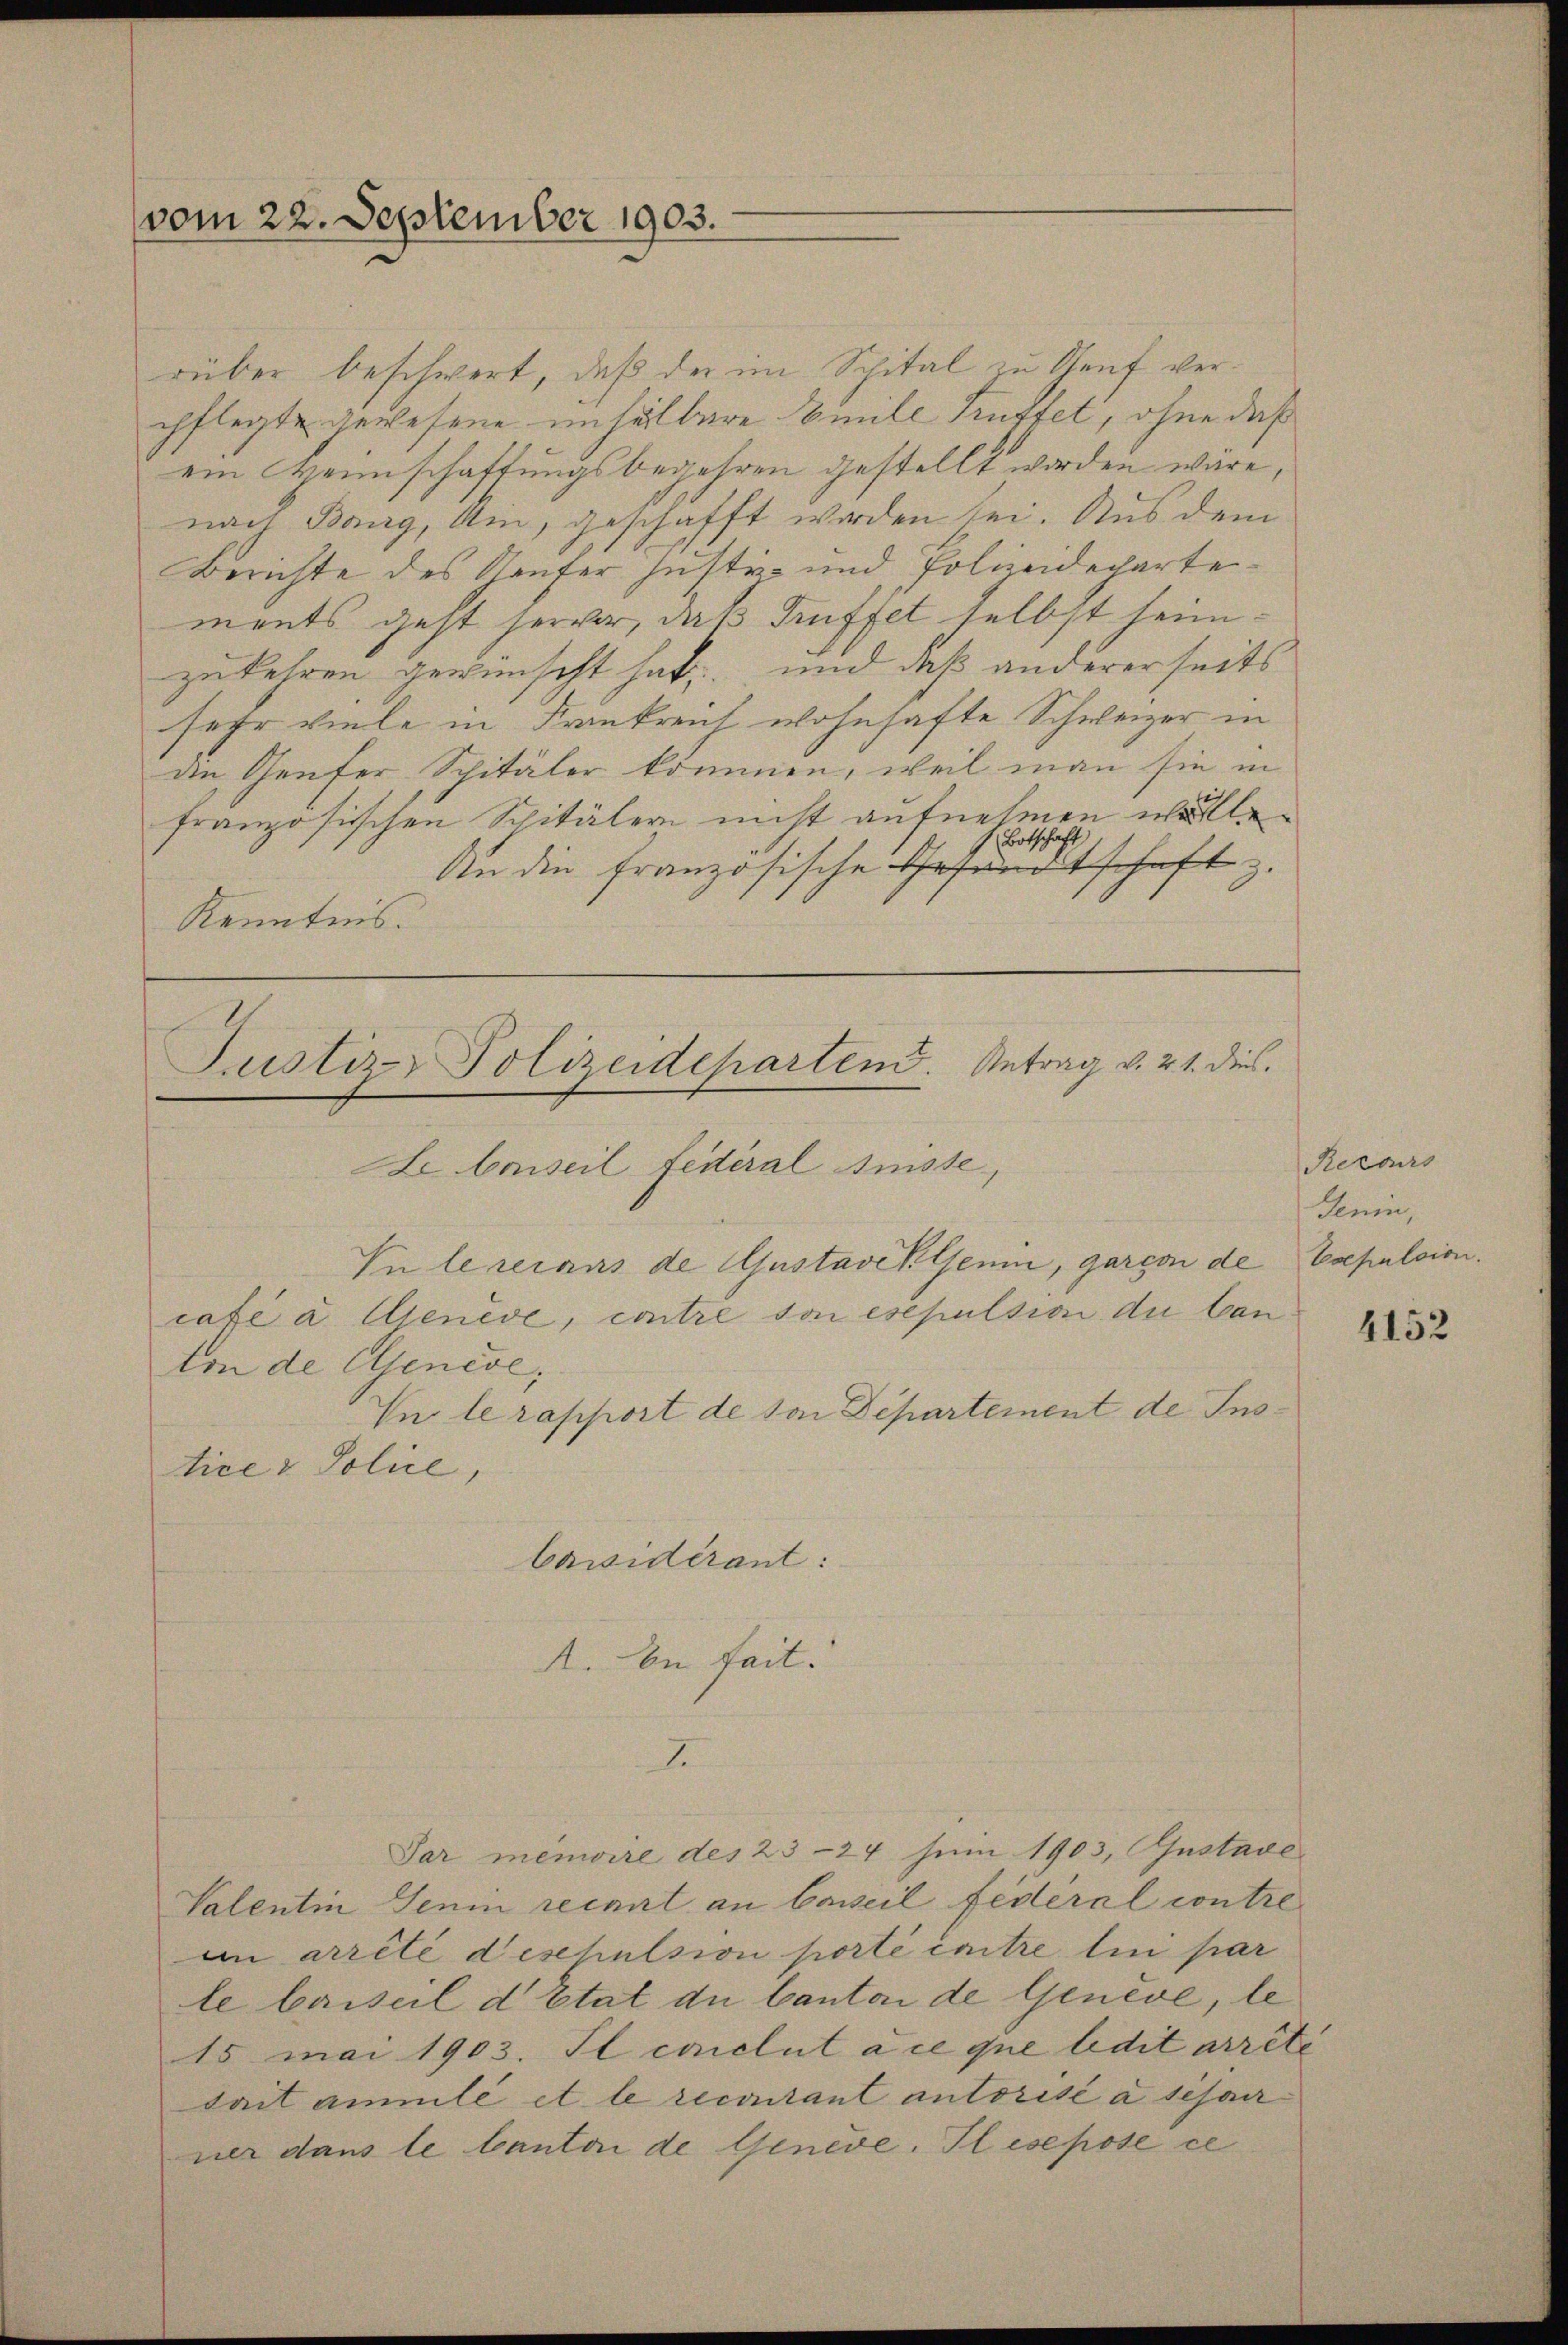
vom 22. September 1903.

rüber beschwert, daß der im Spital zu Seuf verpflegte gewesene unselbare Einte Prüffet, ohne daß
ein Heimschaftungsbegehren gestellt worden wäre,
nach Bang, Um, geschafft worden sei. Aus dem
Berichte des Käufer Justiz- und Polizeideparte
ments geht hervor, daß Kuffet selbst heimzukehren gewünscht hat, und daß andererseits
sehr viele in Frankreich wohnhafte Schweizer in
die Genfer Spitäler kommen, weil man sie in
französischen Spitälern nicht aufnehmen werde.
Botschaft
An die französische Gesandtschaft z.
Kenntnis.

Justiz-Polizeideparten. Antrag v. 21. dies
Le barseil fédéral Suisse,
Inlereraus de Gustaveklsenin, gargon de
cate a Genève, contre von esepulsion du tan

ton de Genese,
In le rapport de von Departement de Instice & Police,
Cansidérant:
A. In fait.
J
Par menire des 23 24 Juin 1903, Gustave
Valentin Jenin recant an beweil festeral contre
in arrête deschulsion porti cuitre lui par
le beiseil d’Etat die Canton de Genève, le
15 mai 1903. Il conclut ace que ledit arrête
sait anmile et le recontant autorisé à sesair
ner dans le Canton de Geneve. Il esepose ce

Retors
Jenin
Esepulsion.

4152